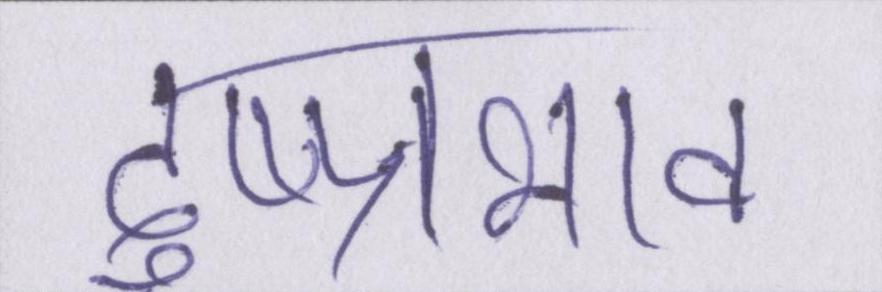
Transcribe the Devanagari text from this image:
दुष्प्रभाव